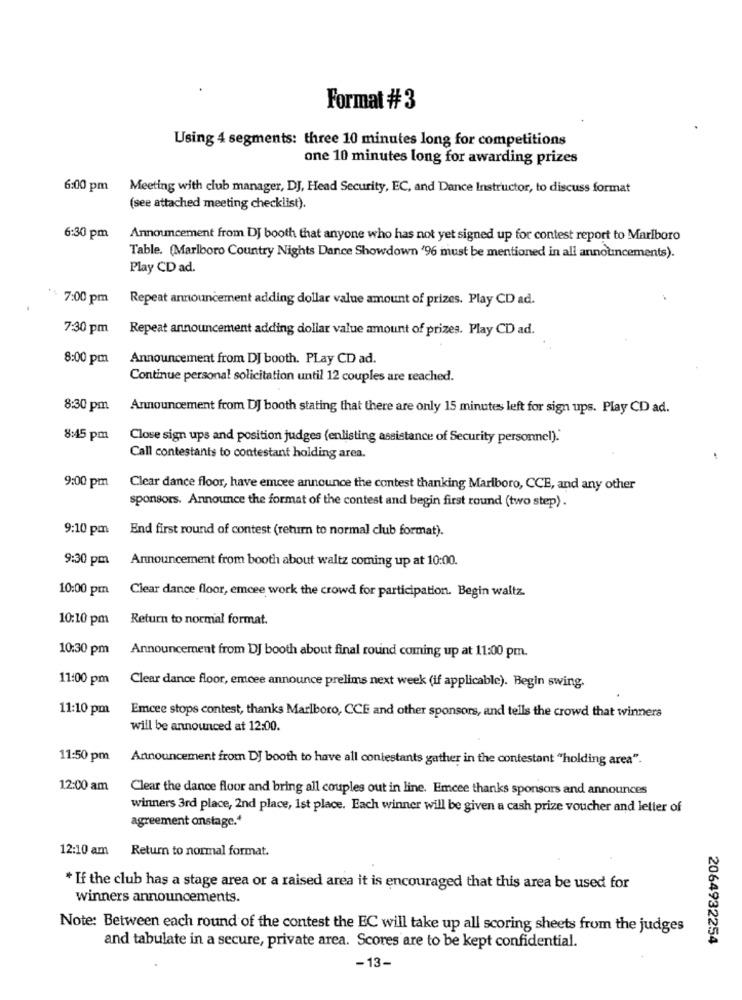
Format #3
Using 4 segments: three 10 minutes long for competitions
one 10 minutes long for awarding prizes
6:00 pm Meeting with club manager, DJ, Head Security, EC, and Dance Instructor, to discuss format
(see attached meeting checklist).
6:30 pm
Announcement from DJ booth that anyone who has not yet signed up for contest report to Marlboro
Table. (Marlboro Country Nights Dance Showdown '96 must be mentioned in all announcements).
Play CD ad.
7:00 pm
Repeat announcement adding dollar value amount of prizes. Play CD ad.
7:30 pm
Repeat announcement adding dollar value amount of prizes. Play CD ad.
8:00 pm
Announcement from DJ booth. PLay CD ad.
Continue personal solicitation until 12 couples are reached.
8:30 pm
Announcement from DJ booth stating that there are only 15 minutes left for sign ups. Play CD ad.
8:45 pm
Close sign ups and position judges (enlisting assistance of Security personnel).'
Call contestants to contestant holding area.
9:00 pm
Clear dance floor, have emcee announce the contest thanking Marlboro, CCE, and any other
sponsors. Announce the format of the contest and begin first round (two step) .
9:10 pm
End first round of contest (retum to normal club format).
9:30 pm
Announcement from booth about waltz coming up at 10:00.
10:00 pm
Clear dance floor, emcee work the crowd for participation. Begin waltz.
10:10 pm Return to normal format.
10:30 pm
Announcement from DJ booth about final round coming up at 11:00 pm.
11:00 pm
Clear dance floor, emcee announce prelims next week (if applicable). Begin swing.
11:10 pm
Emcee stops contest, thanks Marlboro, CCE and other sponsors, and tells the crowd that winners
will be announced at 12:00.
11:50 pm
Announcement from DJ booth to have all contestants gather in the contestant "holding area".
12:00 am
Clear the dance floor and bring all couples out in line. Emcee thanks sponsors and announces
winners 3rd place, 2nd place, 1st place. Each winner will be given a cash prize voucher and letter of
agreement onstage .*
12:10 am Return to normal format.
* If the club has a stage area or a raised area it is encouraged that this area be used for
winners announcements.
Note: Between each round of the contest the EC will take up all scoring sheets from the judges
and tabulate in a secure, private area. Scores are to be kept confidential.
2064932254
-13-